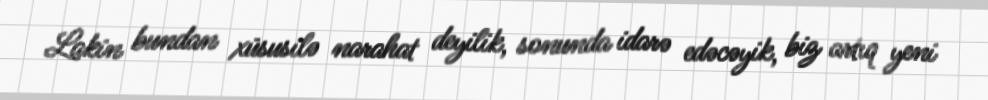
Lakin bundan xüsusilə narahat deyilik, sonunda idarə edəcəyik, biz artıq yeni